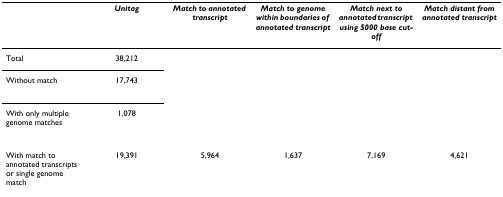
<table><thead><tr><td></td><td><b><i>Unitag</i></b></td><td><b><i>Match to annotated transcript</i></b></td><td><b><i>Match to genome within boundaries of annotated transcript</i></b></td><td><b><i>Match next to annotated transcript using 5000 base cut-off</i></b></td><td><b><i>Match distant from annotated transcript</i></b></td></tr></thead><tbody><tr><td>Total</td><td>38,212</td><td></td><td></td><td></td><td></td></tr><tr><td>Without match</td><td>17,743</td><td></td><td></td><td></td><td></td></tr><tr><td>With only multiple genome matches</td><td>1,078</td><td></td><td></td><td></td><td></td></tr><tr><td>With match to annotated transcripts or single genome match</td><td>19,391</td><td>5,964</td><td>1,637</td><td>7,169</td><td>4,621</td></tr></tbody></table>